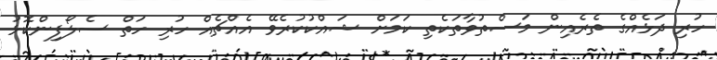
ހުރި ދަޅެއްގެ ތެރެއިން މަސްތުވާތަކެތި ކަމަށް ޝައްކުކުރެވޭ އެއްޗެއް ހުރި ހަތް ސެލޯފިންކޮޅު